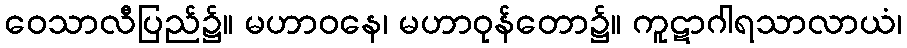
ဝေသာလီပြည်၌။ မဟာဝနေ၊ မဟာဝုန်တော၌။ ကူဋာဂါရသာလာယံ၊